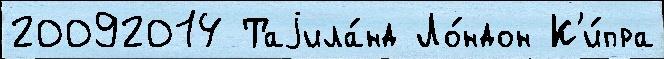
20092014 Таjила́нд Ло́ндон К'и́пра